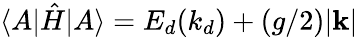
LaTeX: \langle A|\hat{H}|A\rangle=E_{d}(k_{d})+(g/2)|\mathbf{k}|